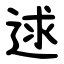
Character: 逑